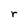
Character: r